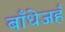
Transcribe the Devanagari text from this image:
बाँधेजहँ